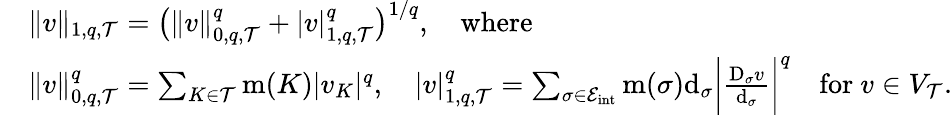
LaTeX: \begin{array}{rl}&{\| v\| _{1,q,{\mathcal T}}=\big(\| v\| _{0,q,{\mathcal T}}^{q}+|v|_{1,q,{\mathcal T}}^{q}\big)^{1/q},\quad\mathrm{where}}\\ &{\| v\| _{0,q,{\mathcal T}}^{q}=\sum_{K\in{\mathcal T}}\operatorname{m}(K)|v_{K}|^{q},\quad|v|_{1,q,{\mathcal T}}^{q}=\sum_{\sigma\in{\mathcal E}_{\mathrm{int}}}\operatorname{m}(\sigma){\operatorname{d}}_{\sigma}\bigg|\frac{\mathrm{D}_{\sigma}v}{{\operatorname{d}}_{\sigma}}\bigg|^{q}\quad\mathrm{for~}v\in V_{\mathcal T}.}\end{array}